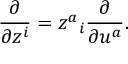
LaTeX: \frac { \partial } { \partial z ^ { i } } = z ^ { a } { } _ { i } \frac { \partial } { \partial u ^ { a } } .